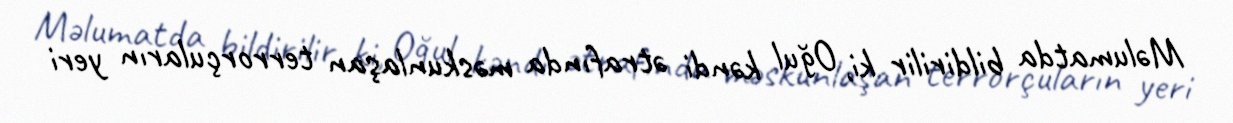
Məlumatda bildirilir ki, Oğul kəndi ətrafında məskunlaşan terrorçuların yeri